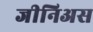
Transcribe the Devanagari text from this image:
जीनिअस